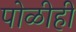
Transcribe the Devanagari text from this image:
पोळीही